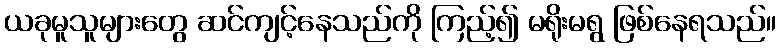
ယခုမူသူများတွေ ဆင်ကျင့်နေသည်ကို ကြည့်၍ မရိုးမရွ ဖြစ်နေရသည်။